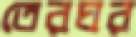
তেরঘর